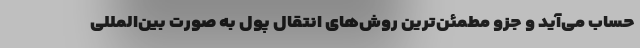
حساب می‌آید و جزو مطمئن‌ترین روش‌های انتقال پول به صورت بین‌المللی